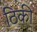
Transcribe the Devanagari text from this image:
ठिकी